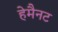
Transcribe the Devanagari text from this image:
हेमैनट